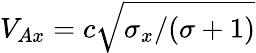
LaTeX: V_{Ax}=c\sqrt{\sigma_{x}/(\sigma+1)}